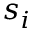
\boldsymbol { s } _ { i }